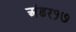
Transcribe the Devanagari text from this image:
अंडर१७